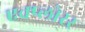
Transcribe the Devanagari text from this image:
एक्प्लोरर